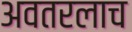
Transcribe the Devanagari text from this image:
अवतरलाच